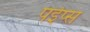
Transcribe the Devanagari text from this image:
पईप्स